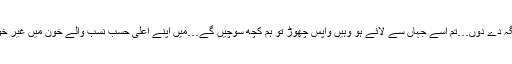
جس عورت کو میں خاندان کی بہو تسلیم کرنے پر راضی نہ تھا اس کی بیٹی کو خاندان میں کیسے جگہ دے دوں…تم اسے جہاں سے لائے ہو وہیں واپس چھوڑ تو ہم کچھ سوچیں گے…میں اپنے اعلیٰ حسب نسب والے خون میں غیر خون کی ملاوٹ قطعی برداشت نہیں کر سکتا…‘‘ ان کے نخوت بھرے انداز میں مطلق فرق نہیں آیا تھا۔